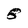
Character: 8